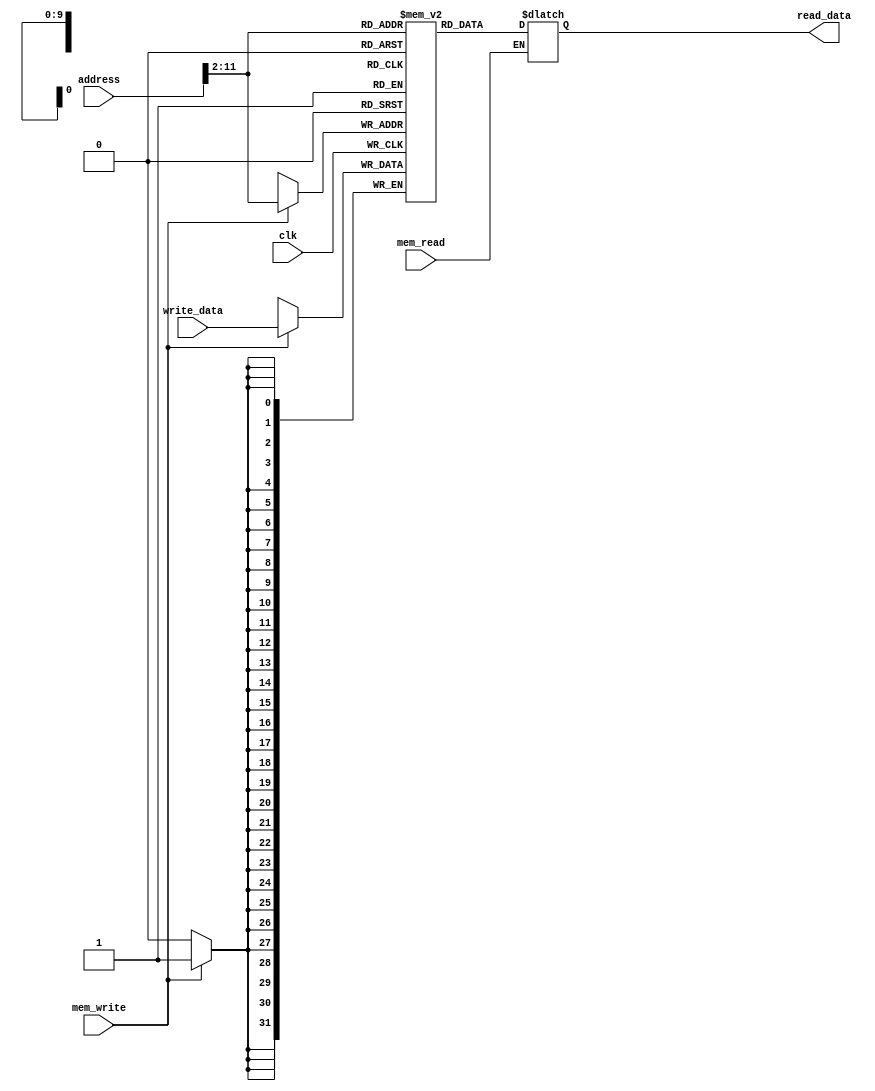
`timescale 1ns / 1ps
//////////////////////////////////////////////////////////////////////////////////
// Company: 
// Engineer: 
// 
// Design Name: 
// Module Name: data_memory
// Project Name: 
// Target Devices: 
// Tool Versions: 
// Description: 
// 
// Dependencies: 
// 
// Revision:
// Revision 0.01 - File Created
// Additional Comments:
// 
//////////////////////////////////////////////////////////////////////////////////


module data_memory(input clk,       
                   input mem_read,
                   input mem_write,
                   input [31:0] address,
                   input [31:0] write_data,
                   output reg [31:0] read_data);

reg [31:0] DataMemory [0:1023];
wire [31:0] address_small = address>>2;
             
integer i;
initial begin
    for (i = 0; i < 1024; i = i + 1) begin
        DataMemory[i] = 32'b0;
    end
end
  
always@(posedge clk) begin
    if(mem_write)
        DataMemory[address_small[9:0]] <= write_data;
end

always@(*) begin
   if (mem_read==1'b1) begin 
    read_data = DataMemory[address_small[9:0]];
    end else 
    read_data = read_data;
    
end 

endmodule